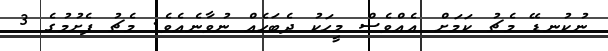
ނުކުނޑޭ މެޗު ކަމަށް އެއްވެސް މީހަކު ދެބަހެއް ނުވާނެއެވެ. މެޗު ފެށުމުގެ 3